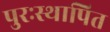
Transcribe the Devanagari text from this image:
पुरःस्थापित